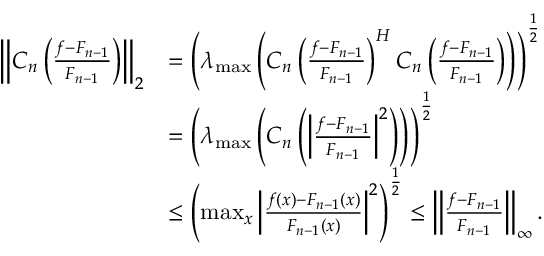
\begin{array} { r l } { \left\Vert C _ { n } \left( \frac { f - F _ { n - 1 } } { F _ { n - 1 } } \right) \right\Vert _ { 2 } } & { = \left( \lambda _ { \operatorname* { m a x } } \left( C _ { n } \left( \frac { f - F _ { n - 1 } } { F _ { n - 1 } } \right) ^ { H } C _ { n } \left( \frac { f - F _ { n - 1 } } { F _ { n - 1 } } \right) \right) \right) ^ { \frac { 1 } { 2 } } } \\ & { = \left( \lambda _ { \operatorname* { m a x } } \left( C _ { n } \left( \left\vert \frac { f - F _ { n - 1 } } { F _ { n - 1 } } \right\vert ^ { 2 } \right) \right) \right) ^ { \frac { 1 } { 2 } } } \\ & { \leq \left( \operatorname* { m a x } _ { x } { \left\vert \frac { f ( x ) - F _ { n - 1 } ( x ) } { F _ { n - 1 } ( x ) } \right\vert ^ { 2 } } \right) ^ { \frac { 1 } { 2 } } \leq \left\Vert \frac { f - F _ { n - 1 } } { F _ { n - 1 } } \right\Vert _ { \infty } . } \end{array}